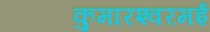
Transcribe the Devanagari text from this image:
कुमारश्‍वरमई